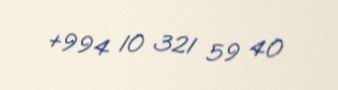
+994 10 321 59 40